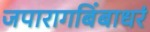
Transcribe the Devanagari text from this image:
जपारागबिंबाधरं